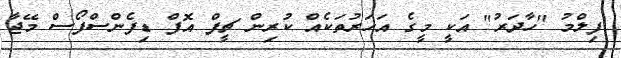
ފިލްމު "ހާދަރު" އަކީ މީގެ އަހަރުތަކެއް ކުރިން ޗީފް އޮފް ޑިފެންސްފޯސް މޭޖާ